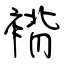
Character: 褙